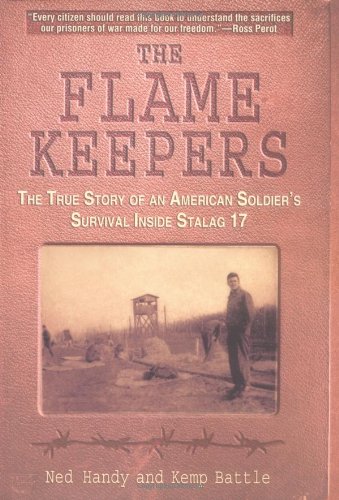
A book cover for The Flame Keepers: The True Story of an American Soldier's Survival Inside Stalag 17; Ned Handy; History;